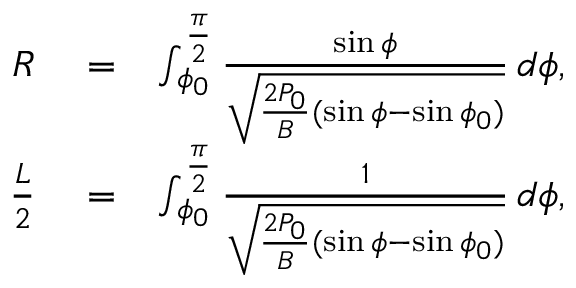
\begin{array} { r l r } { R } & { { } = } & { \int _ { \phi _ { 0 } } ^ { \frac { \pi } { 2 } } \frac { \sin \phi } { \sqrt { \frac { 2 P _ { 0 } } { B } ( \sin \phi - \sin \phi _ { 0 } ) } } \, d \phi , } \\ { \frac { L } { 2 } } & { { } = } & { \int _ { \phi _ { 0 } } ^ { \frac { \pi } { 2 } } \frac { 1 } { \sqrt { \frac { 2 P _ { 0 } } { B } ( \sin \phi - \sin \phi _ { 0 } ) } } \, d \phi , } \end{array}